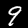
Digit: 9